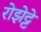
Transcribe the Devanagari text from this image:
रोझेट्टे